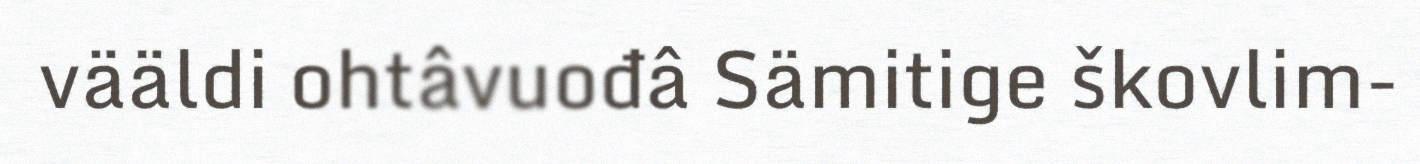
vääldi ohtâvuođâ Sämitige škovlim-